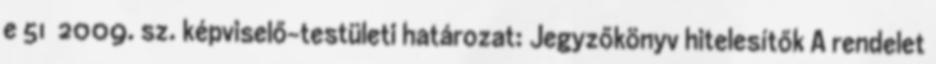
e 51 2009. sz. képviselő-testületi határozat: Jegyzőkönyv hitelesítők A rendelet